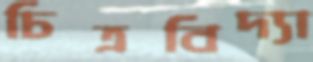
চিত্রবিদ্যা